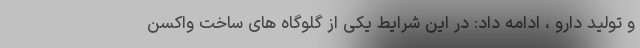
و تولید دارو ، ادامه داد: در این شرایط یکی از گلوگاه های ساخت واکسن